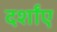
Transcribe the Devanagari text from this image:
दर्शांए